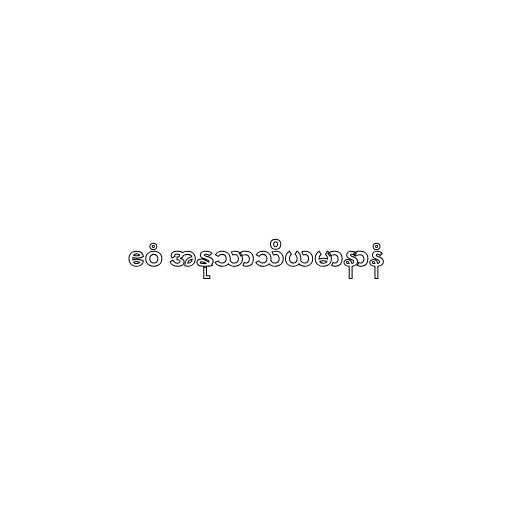
ဧဝံ အနုသာသိယမာနာနံ